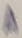
Text: A